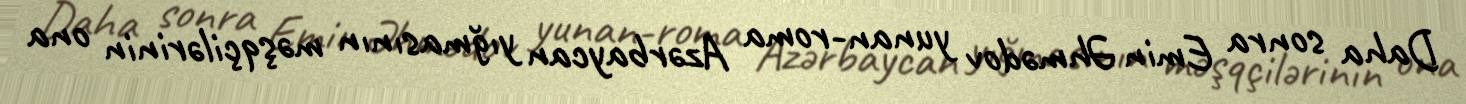
Daha sonra Emin Əhmədov yunan-roma Azərbaycan yığmasının məşqçilərinin ona